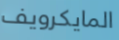
المايكرويف